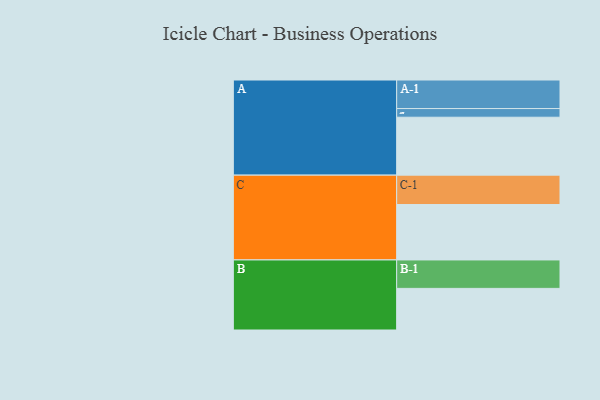
{"axis": {"x": "Segment", "y": "Value"}, "legend": ["", "A", "B", "C"], "data": [{"x": "A", "y": 554, "type": ""}, {"x": "B", "y": 398, "type": ""}, {"x": "C", "y": 530, "type": ""}, {"x": "A-1", "y": 273, "type": "A"}, {"x": "A-2", "y": 83, "type": "A"}, {"x": "B-1", "y": 272, "type": "B"}, {"x": "C-1", "y": 281, "type": "C"}]}